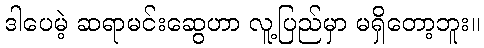
ဒါပေမဲ့ ဆရာမင်းဆွေဟာ လူ့ပြည်မှာ မရှိတော့ဘူး။